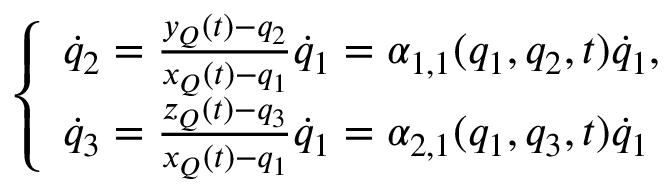
\left\{ \begin{array} { l } { { \dot { q } } _ { 2 } = \frac { y _ { Q } ( t ) - q _ { 2 } } { x _ { Q } ( t ) - q _ { 1 } } { \dot { q } } _ { 1 } = \alpha _ { 1 , 1 } ( q _ { 1 } , q _ { 2 } , t ) { \dot { q } } _ { 1 } , } \\ { { \dot { q } } _ { 3 } = \frac { z _ { Q } ( t ) - q _ { 3 } } { x _ { Q } ( t ) - q _ { 1 } } { \dot { q } } _ { 1 } = \alpha _ { 2 , 1 } ( q _ { 1 } , q _ { 3 } , t ) { \dot { q } } _ { 1 } } \end{array} \right.